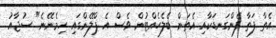
އެތާ ފަތާ ފެންގަނޑަކާއި އެތަން ބެލެހެއްޓުން ވެސް އެ ޕްލޭންގައި ހިމެނޭނެ" ސުޖާއު